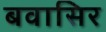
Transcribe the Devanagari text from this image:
बवासिर